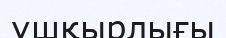
ұшқырлығы